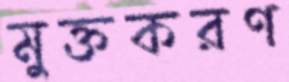
মুক্তকরণ